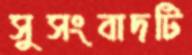
সুসংবাদটি